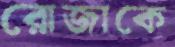
রোজাকে